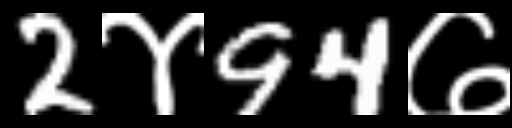
Text: 2४94७